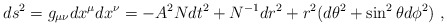
\begin{align*}ds^2=g_{\mu\nu}dx^\mu dx^\nu= -{A}^2{N} dt^2 + {N}^{-1} dr^2 + r^2 (d\theta^2 + \sin^2\theta d\phi^2)\ , \end{align*}